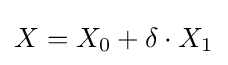
X=X_{0}+\delta \cdot X_{1}